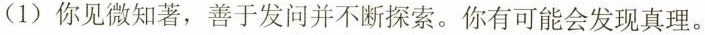
(1)你见微知著，善于发问并不断探索。你有可能会发现真理。